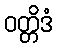
ဝတ္တိဒံ